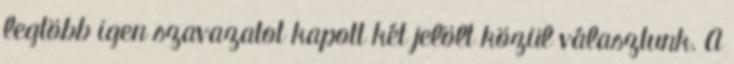
legtöbb igen szavazatot kapott két jelölt közül választunk. A